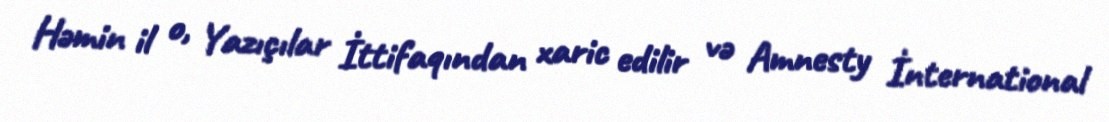
Həmin il o, Yazıçılar İttifaqından xaric edilir və Amnesty İnternational